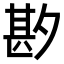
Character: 𫯑